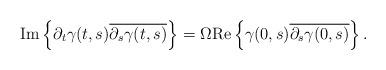
LaTeX: \begin{align*}\mbox{Im}\left\lbrace\partial_{t}\gamma(t,s)\overline{\partial_{s}\gamma(t,s)}\right\rbrace=\Omega\mbox{Re}\left\lbrace\gamma(0,s)\overline{\partial_{s}\gamma(0,s)}\right\rbrace.\end{align*}